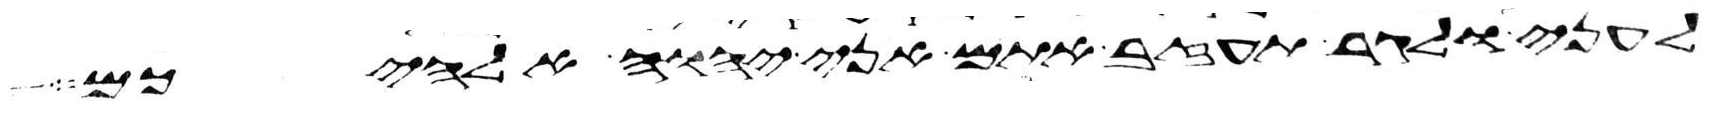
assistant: לעני ולגר תעזב אתם אני יהוה אלהיכם